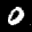
Label: 0